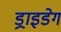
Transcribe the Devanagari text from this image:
ड्राइडेग